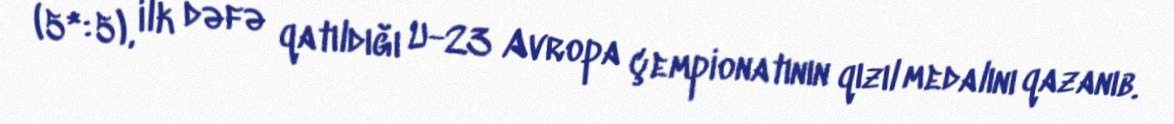
(5*:5), ilk dəfə qatıldığı U-23 Avropa çempionatının qızıl medalını qazanıb.